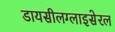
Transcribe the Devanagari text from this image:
डायसीलग्लाइसेरल